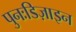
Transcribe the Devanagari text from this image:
पुनःडिज़ाइन